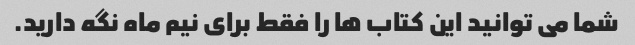
شما می توانید این کتاب ها را فقط برای نیم ماه نگه دارید.